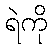
ရဲကို